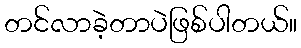
တင်လာခဲ့တာပဲဖြစ်ပါတယ်။